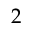
2